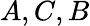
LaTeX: A,C,B